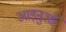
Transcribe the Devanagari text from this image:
आइनुओं